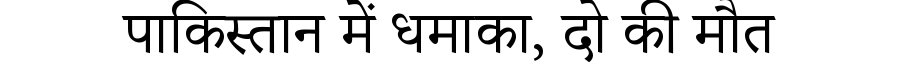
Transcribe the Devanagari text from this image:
पाकिस्तान में धमाका, दो की मौत